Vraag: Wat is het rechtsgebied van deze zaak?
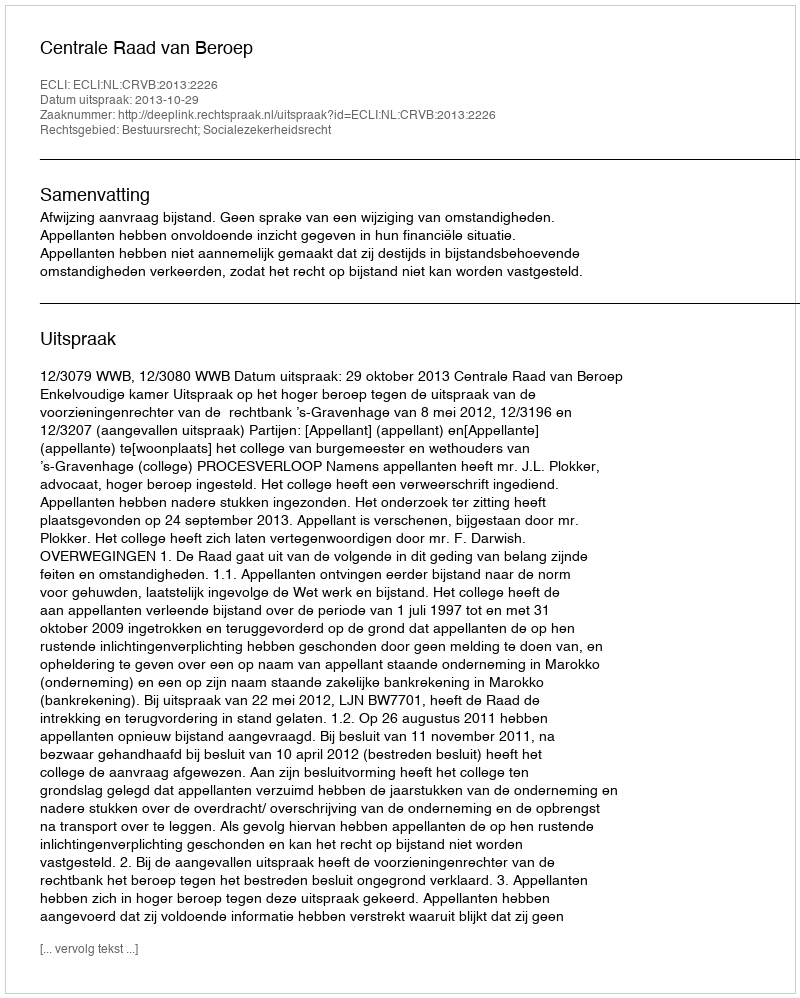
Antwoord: Bestuursrecht; Socialezekerheidsrecht